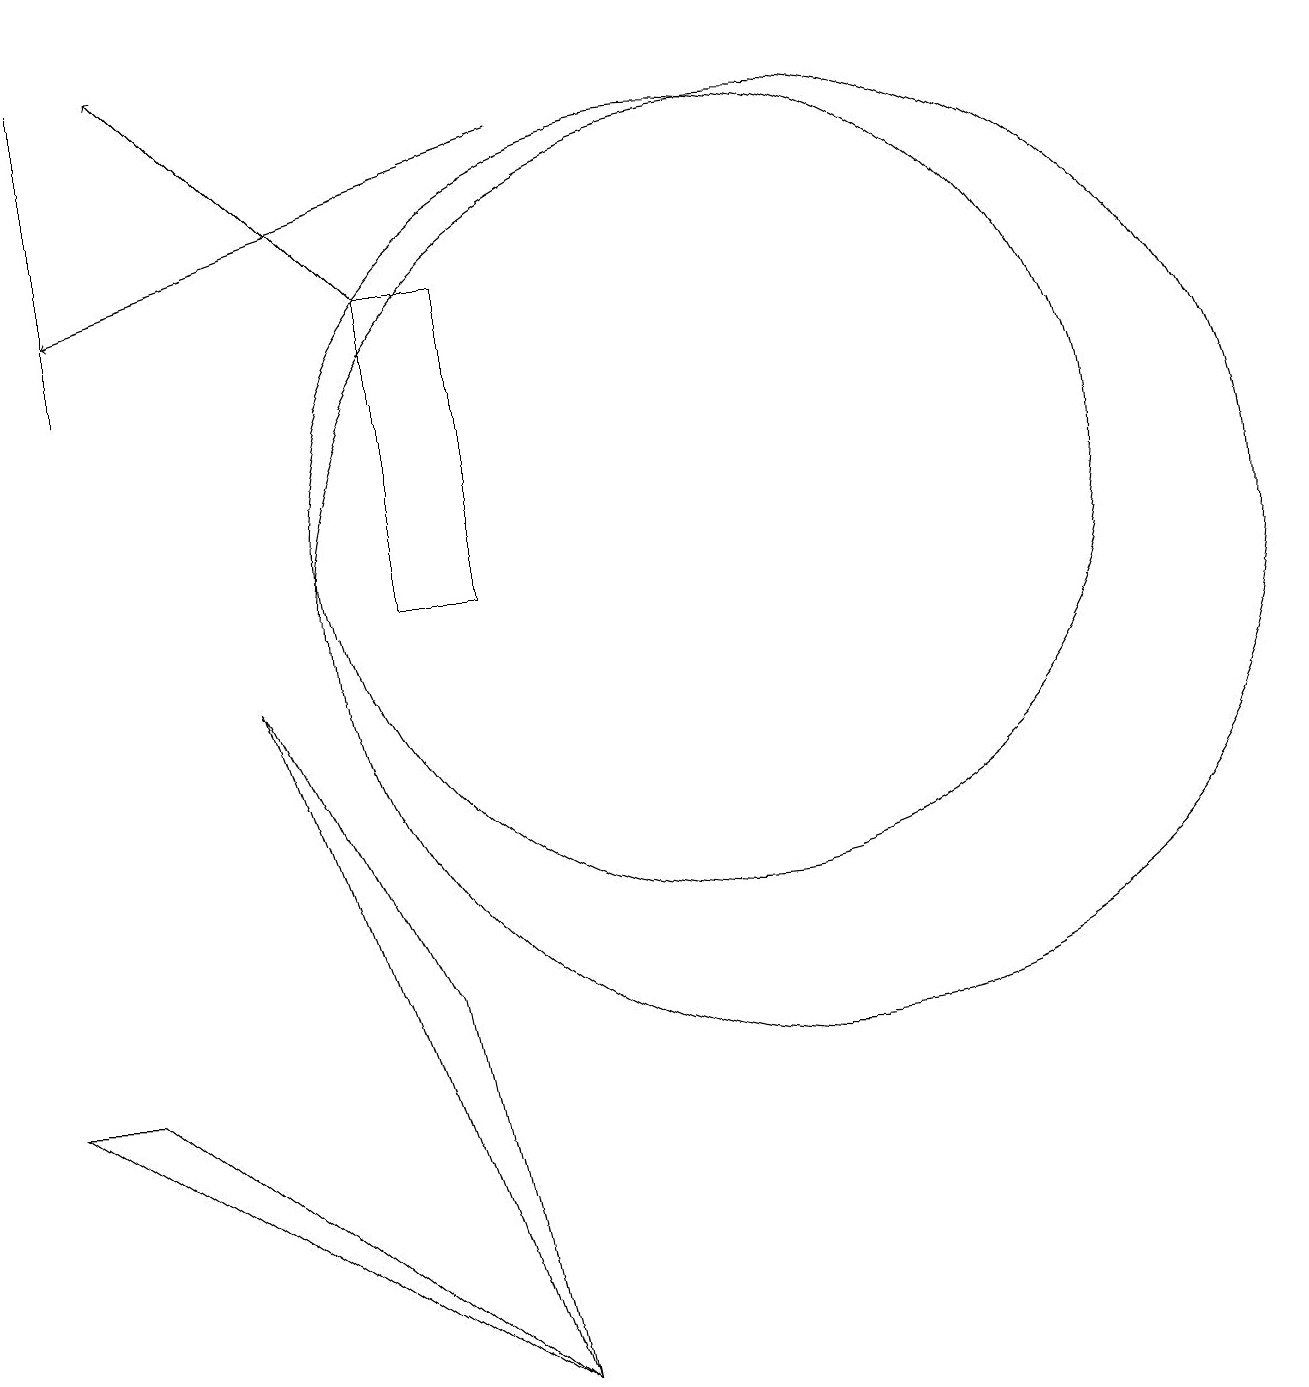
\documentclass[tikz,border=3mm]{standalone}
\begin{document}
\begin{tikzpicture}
\draw (11,11) circle (5);
\draw (12,10) circle (6);
\draw (8,10) rectangle (7,14);
\draw[->] (7,14) -- (4,17);
\draw[->] (9,16) -- (3,14);
\draw (8,0) -- (5,9) -- (7,5) -- cycle;
\draw (3,17) rectangle (3,13);
\draw (8,0) -- (3,4) -- (2,4) -- cycle;
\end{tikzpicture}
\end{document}